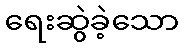
ရေးဆွဲခဲ့သော